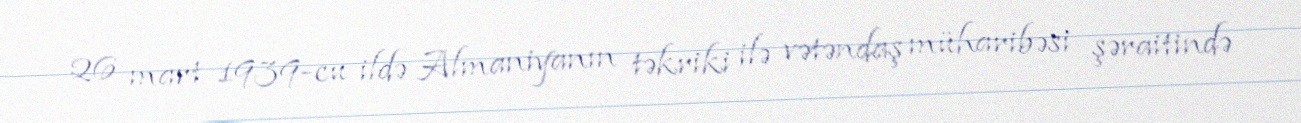
26 mart 1939-cu ildə Almaniyanın təkriki ilə vətəndaş müharibəsi şəraitində